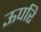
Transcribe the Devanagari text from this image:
ऊपरि